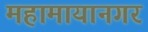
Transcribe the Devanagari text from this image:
महामायानगर